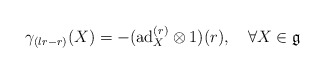
\begin{align*}\gamma_{(lr-r)}(X)=-(\mathrm{ad}_{X}^{(r)}\otimes 1)(r),\quad\forall X\in\mathfrak{g}\end{align*}